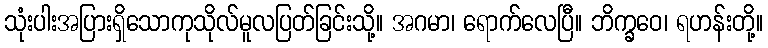
သုံးပါးအပြားရှိသောကုသိုလ်မူလပြတ်ခြင်းသို့။ အဂမာ၊ ရောက်လေပြီ။ ဘိက္ခဝေ၊ ရဟန်းတို့။